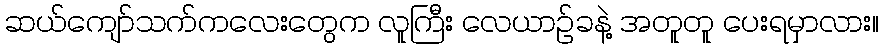
ဆယ်ကျော်သက်ကလေးတွေက လူကြီး လေယာဉ်ခနဲ့ အတူတူ ပေးရမှာလား။